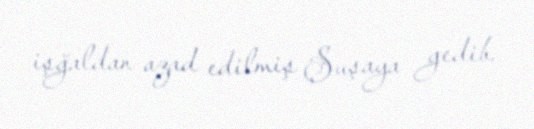
işğaldan azad edilmiş Şuşaya gedib.